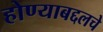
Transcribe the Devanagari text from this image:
होण्याबद्दलचे